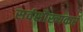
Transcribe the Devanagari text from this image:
सर्वसौख्यकरं